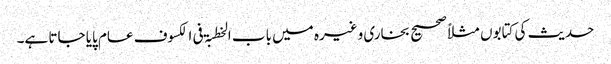
حدیث کی کتابوں مثلاً صحیح بخاری وغیرہ میں باب الخطبۃ فی الکسوف عام پایا جاتا ہے۔